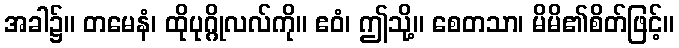
အခါ၌။ တမေနံ၊ ထိုပုဂ္ဂိုလလ်ကို။ ဧဝံ၊ ဤသို့။ စေတသာ၊ မိမိ၏စိတ်ဖြင့်။